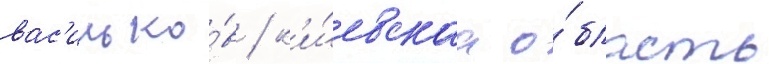
вас'илько́в / к'и́евскаа о́бласть